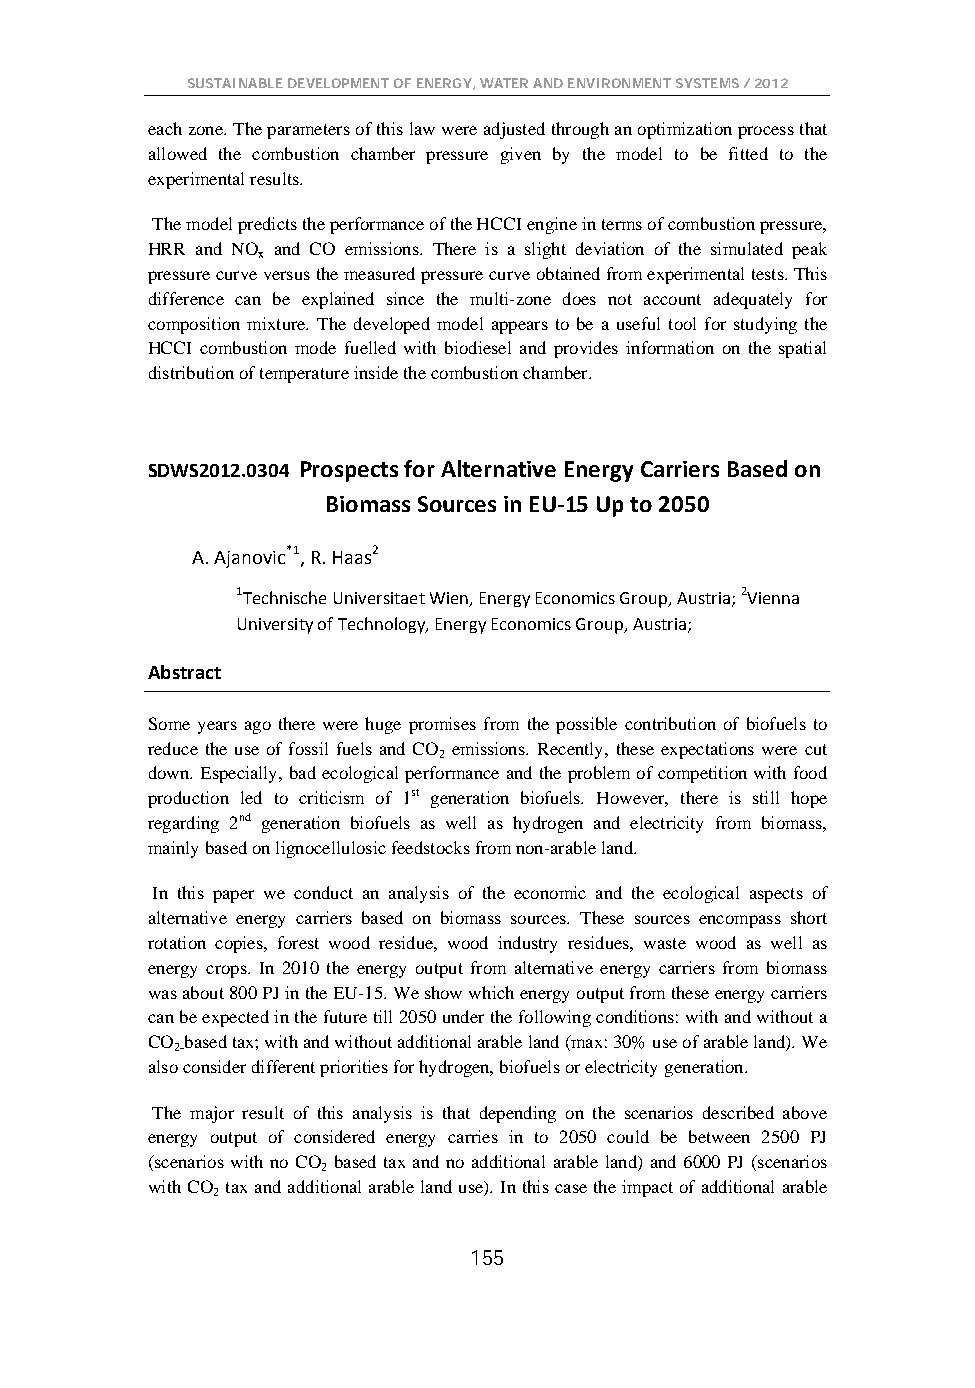
SUSTAINABLE DEVELOPMENT OF ENERGY, WATER AND ENVIRONMENT SYSTEMS / 2012
 each zone. The parameters of this law were adjusted through an optimization process that
 allowed the combustion chamber pressure given by the model to be fitted to the
 experimental results.
 The model predicts the performance of the HCCI engine in terms of combustion pressure,
 HRR and NO and CO emissions. There is a slight deviation of the simulated peak
 x
 pressure curve versus the measured pressure curve obtained from experimental tests. This
 difference can be explained since the multi-zone does not account adequately for
 composition mixture. The developed model appears to be a useful tool for studying the
 HCCI combustion mode fuelled with biodiesel and provides information on the spatial
 distribution of temperature inside the combustion chamber.
 SDWS2012.0304 Prospects for Alternative Energy Carriers Based on
 Biomass Sources in EU-15 Up to 2050
 A. Ajanovic*1, R. Haas2
 1Technische Universitaet Wien, Energy Economics Group, Austria; 2Vienna
 University of Technology, Energy Economics Group, Austria;
 Abstract
 Some years ago there were huge promises from the possible contribution of biofuels to
 reduce the use of fossil fuels and CO emissions. Recently, these expectations were cut
 2
 down. Especially, bad ecological performance and the problem of competition with food
 production led to criticism of 1st generation biofuels. However, there is still hope
 regarding 2nd generation biofuels as well as hydrogen and electricity from biomass,
 mainly based on lignocellulosic feedstocks from non-arable land.
 In this paper we conduct an analysis of the economic and the ecological aspects of
 alternative energy carriers based on biomass sources. These sources encompass short
 rotation copies, forest wood residue, wood industry residues, waste wood as well as
 energy crops. In 2010 the energy output from alternative energy carriers from biomass
 was about 800 PJ in the EU-15. We show which energy output from these energy carriers
 can be expected in the future till 2050 under the following conditions: with and without a
 CO based tax; with and without additional arable land (max: 30% use of arable land). We
 2-
 also consider different priorities for hydrogen, biofuels or electricity generation.
 The major result of this analysis is that depending on the scenarios described above
 energy output of considered energy carries in to 2050 could be between 2500 PJ
 (scenarios with no CO based tax and no additional arable land) and 6000 PJ (scenarios
 2
 with CO tax and additional arable land use). In this case the impact of additional arable
 2
 155